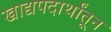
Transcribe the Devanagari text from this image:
खाद्यपदार्थांतून